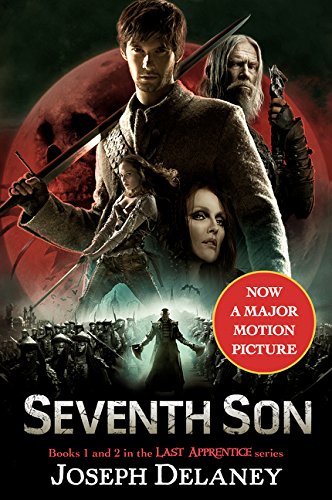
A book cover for The Last Apprentice: Seventh Son: Book 1 and Book 2; Joseph Delaney; Teen & Young Adult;